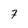
Character: 7